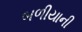
બળીયાની